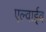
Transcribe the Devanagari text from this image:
एल्वाईव